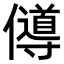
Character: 𠐵